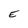
Character: E